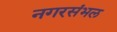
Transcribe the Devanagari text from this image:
नगरसंभल